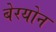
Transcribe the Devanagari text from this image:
बेरयोन